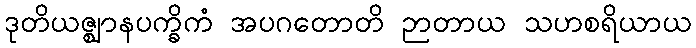
ဒုတိယဇ္ဈာနပက္ခိကံ အပဂတောတိ ဉာတာယ သဟစရိယာယ